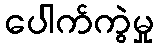
ပေါက်ကွဲမှု